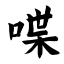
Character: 喋